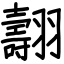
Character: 翿